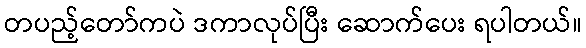
တပည့်တော်ကပဲ ဒကာလုပ်ပြီး ဆောက်ပေး ရပါတယ်။